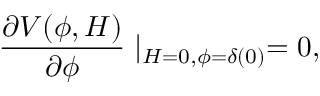
\frac { \partial V ( \phi , H ) } { \partial \phi } \mid _ { H = 0 , \phi = \delta ( 0 ) } = 0 ,